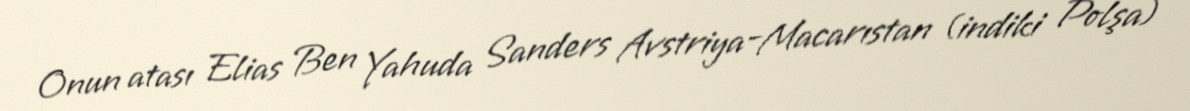
Onun atası Elias Ben Yahuda Sanders Avstriya-Macarıstan (indiki Polşa)